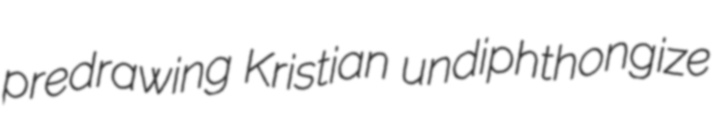
predrawing Kristian undiphthongize